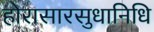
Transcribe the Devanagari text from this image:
होरासारसुधानिधि